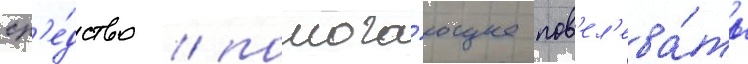
ср'е́дство / помога́ющее пов'ел'ева́ть